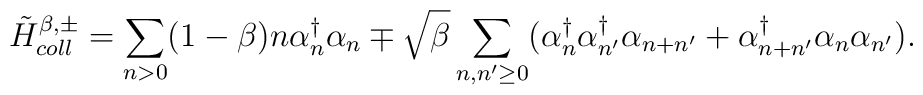
{\tilde H}_{coll}^{\beta, \pm} =\sum_{n>0} (1-\beta) n \alpha_n^{\dagger} \alpha_n\mp \sqrt{\beta}\sum_{n,n' \geq 0}  ( \alpha_n^{\dagger}\alpha_{n'}^{\dagger} \alpha_{n+n'}  +\alpha_{n+n'}^{\dagger} \alpha_n \alpha_{n'} ).